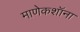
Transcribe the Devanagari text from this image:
माणेकशॉना